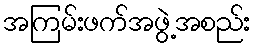
အကြမ်းဖက်အဖွဲ့အစည်း